Civil Veterinary Dept. Bombay admin report 1923-31 - 1923-1931
Year: 1923
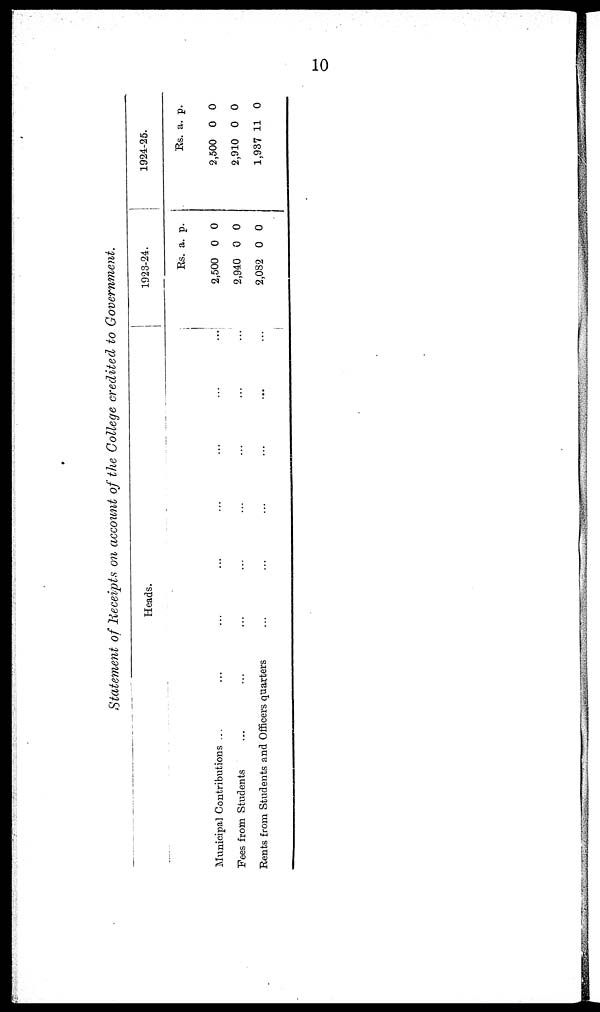
10
Statement of Receipts on account of the College credited to Government.
Heads.
Municipal Contributions ...
...
...
...
...
...
...
...
Fees from Students ... ... ... ... ... ... ... ...
Rents from Students and Officers quarters ... ... ... ... ... ...
1923-24.
Rs.
2,500
2,940
2,082
a.
0
0
0
p.
0
0
0
1924-25.
Rs.
2,500
2,910
1,937
a.
0
0
11
p.
0
0
0